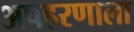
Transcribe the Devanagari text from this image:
अपहरणाला